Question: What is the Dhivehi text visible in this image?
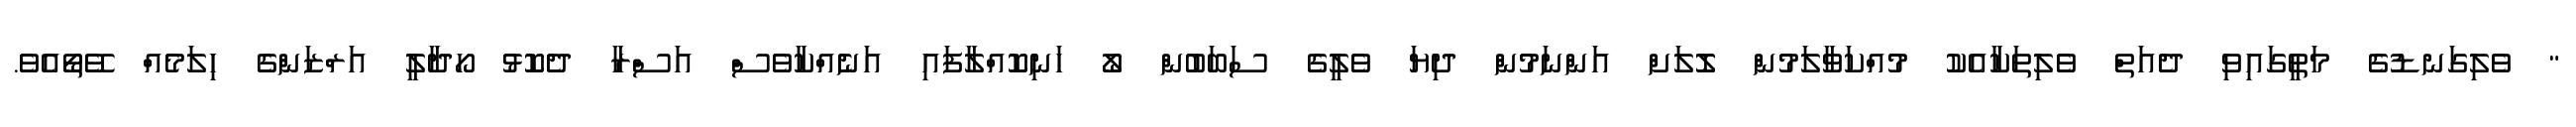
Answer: " ވެލިގަނޑުގެ މަތީގައިވި ދެއަތް ވެލިތަކާއެކު މުއްކަވާލަމުން ލޮލަށް އަންނަމުން ދިޔަ ވެލީގެ ސަބަބުން ލޯ ހަނިކޮއްލާފައި އަނެއްކާވެސް އަސްރާ ދެކޮޅު ހޯދާލީ އަރްޒަންގެ ހިލަމެއް ވޭތޯއެވެ.